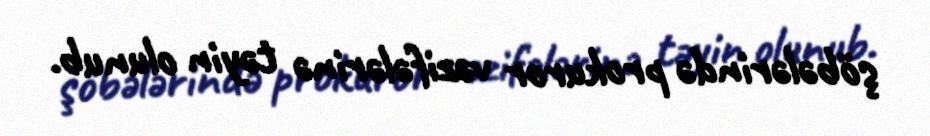
şöbələrində prokuror vəzifələrinə təyin olunub.